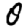
Digit: 0